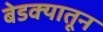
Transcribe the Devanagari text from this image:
बेडक्यातून